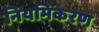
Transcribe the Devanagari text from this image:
नियमिकरण